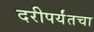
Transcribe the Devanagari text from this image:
दरीपर्यंतचा